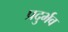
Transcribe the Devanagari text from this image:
प्रदुर्भव